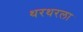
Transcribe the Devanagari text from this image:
थरथरला